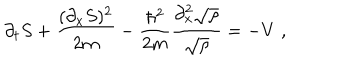
\partial _ { t } S + \frac { ( \partial _ { x } S ) ^ { 2 } } { 2 m } - \frac { \hbar ^ { 2 } } { 2 m } \frac { \partial _ { x } ^ { 2 } \sqrt { \rho } } { \sqrt { \rho } } = - V \; ,